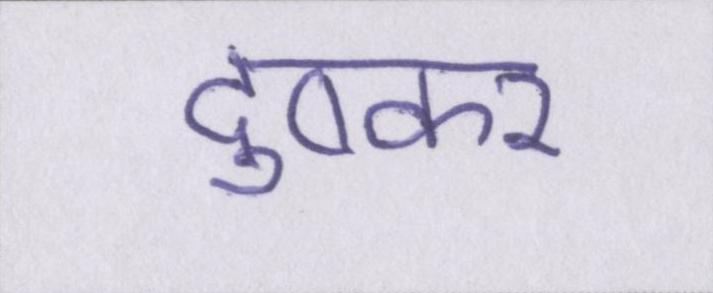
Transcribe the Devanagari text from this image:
दुष्कर